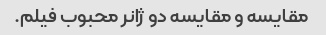
مقایسه و مقایسه دو ژانر محبوب فیلم.